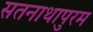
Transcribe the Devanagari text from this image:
सतनाथापुरम